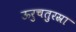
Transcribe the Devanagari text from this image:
ऊरुचतुरस्रा